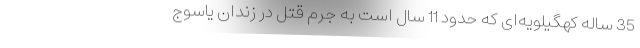
35 ساله کهگیلویه‌ای که حدود 11 سال است به جُرم قتل در زندان یاسوج